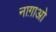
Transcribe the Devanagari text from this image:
नाग़ाओ